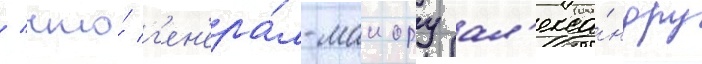
/ что́ г'ен'ера́л-маиору ал'екса́ндру